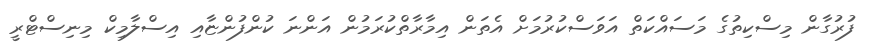
ފުރުގާން މިސްކިތުގެ މަސައްކަތް އަވަސްކުރުމަށް އެތަން އިމާރާތްކުރަމުން އަންނަ ކުންފުންޏާއި އިސްލާމިކް މިނިސްޓްރީ